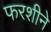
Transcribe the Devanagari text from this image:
फरशीने